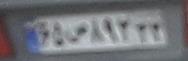
۶۵ص۸۹۲۳۳